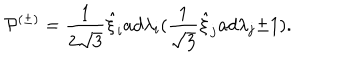
{ \cal P } ^ { ( \pm ) } = \frac { 1 } { 2 \sqrt { 3 } } { \hat { \xi } } _ { i } a d { \lambda } _ { i } ( \frac { 1 } { \sqrt 3 } \hat { \xi } _ { j } a d { \lambda } _ { j } { \pm } 1 ) .